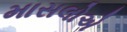
માસલોએ